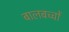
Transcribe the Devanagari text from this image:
बालबच्चों